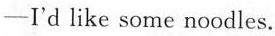
—I'd like some noodles.